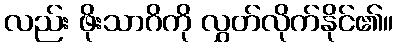
လည်း ဖိုးသာဂိကို လွှတ်လိုက်နိုင်၏။